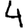
Digit: 4